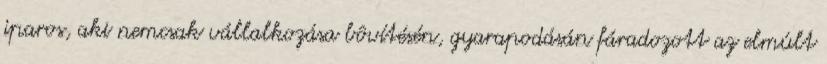
iparos, aki nemcsak vállalkozása bôvítésén, gyarapodásán fáradozott az elmúlt